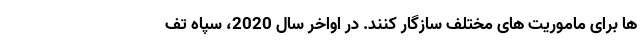
ها برای ماموریت های مختلف سازگار کنند. در اواخر سال 2020، سپاه تف